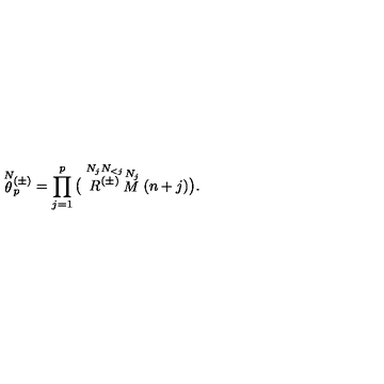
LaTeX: \stackrel { N } { \theta } { } \! \! _ { p } ^ { ( \pm ) } = \prod _ { j = 1 } ^ { p } \big ( \stackrel { N _ { j } N _ { < j } } { R ^ { ( \pm ) } } \stackrel { N _ { j } } { M } ( n + j ) \big ) .